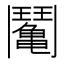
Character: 𩰘